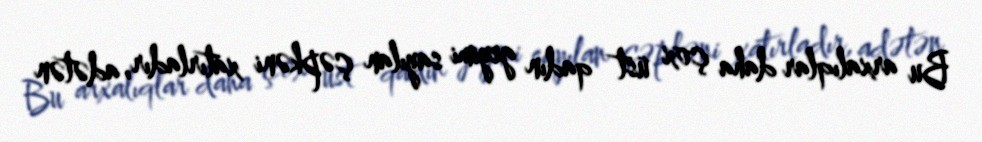
Bu arxalıqlar daha çox üst qadın geyimi sayılan çəpkəni xatırladır, adətən